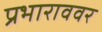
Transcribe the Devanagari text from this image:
प्रभाराववर